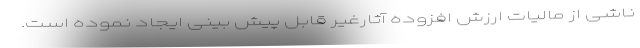
ناشی از مالیات ارزش افزوده آثارغیر قابل پیش بینی ایجاد نموده است.